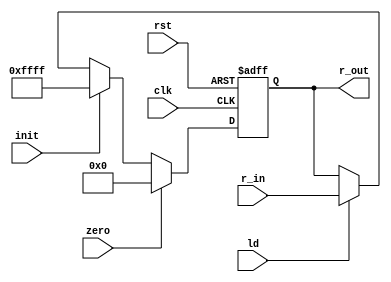
`timescale 1 ns/ 100 ps
module register (input clk,rst,zero,init,ld, input [15:0] r_in, output reg [15:0] r_out);

	always@(posedge clk, posedge rst)begin
		if(rst == 1'b1)
			r_out <= 0;
		else
			if(zero == 1'b1)
				r_out <= 0;
			else if (init == 1'b1)
				r_out <= 16'hFFFF;
			else if(ld == 1'b1)
				r_out <= r_in;
	end
 endmodule